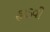
હાડવી